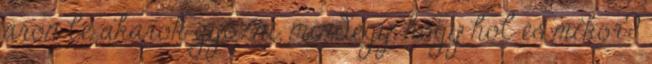
áron le akarok győzni, mindegy, hogy hol és mikor?